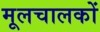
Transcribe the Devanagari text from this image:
मूलचालकों